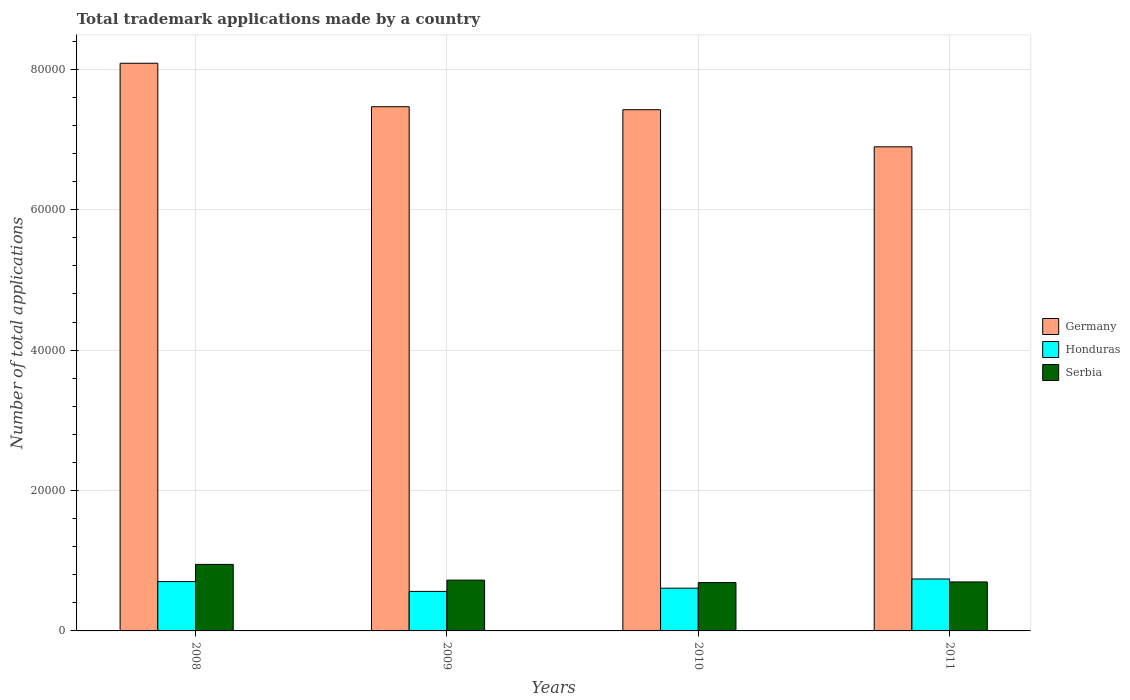
| Years | Germany | Honduras | Serbia |
 | --- | --- | --- | --- |
 | 2008 | 8.09e+04 | 7.03e+03 | 9.48e+03 |
 | 2009 | 7.47e+04 | 5.63e+03 | 7.24e+03 |
 | 2010 | 7.42e+04 | 6.09e+03 | 6.88e+03 |
 | 2011 | 6.9e+04 | 7.4e+03 | 6.98e+03 |